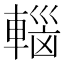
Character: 𮝟